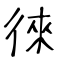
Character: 徠